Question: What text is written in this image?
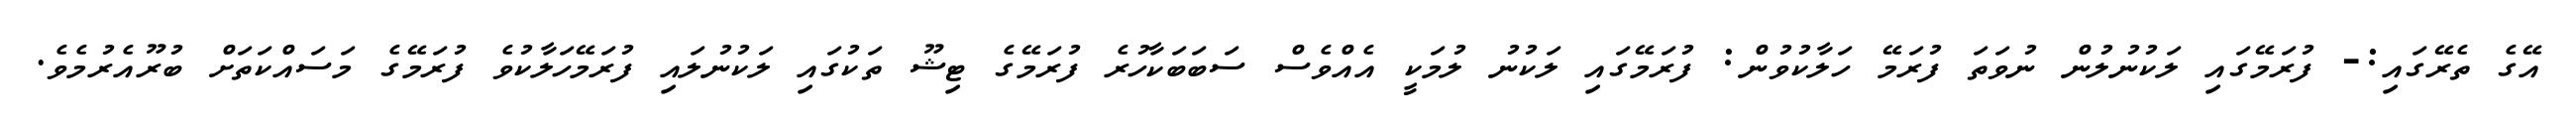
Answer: އޭގެ ތެރޭގައި:- ފުރަމޭގައި ލަކުނުލުން ނުވަތަ ފުރަމޭ ހަލާކުވުން: ފުރަމޭގައި ލަކުނު ލުމަކީ އެއްވެސް ސަބަބަކާހުރެ ފުރަމޭގެ ޓިޝޫ ތަކުގައި ލަކުނުލައި ފުރަމޭހަލާކުވެ ފުރަމޭގެ މަސައްކަތަށް ބުރޫއެރުމެވެ.